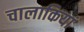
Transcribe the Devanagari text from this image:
चालाकियां